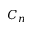
C _ { n }